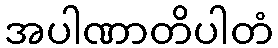
အပါဏာတိပါတံ